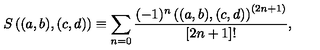
S \left( ( a , b ) , ( c , d ) \right) \equiv \sum _ { n = 0 } \frac { ( - 1 ) ^ { n } \left( ( a , b ) , ( c , d ) \right) ^ { ( 2 n + 1 ) } } { [ 2 n + 1 ] ! } ,